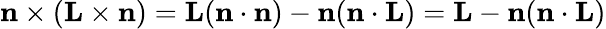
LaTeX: \mathbf{n}\times(\mathbf{L}\times\mathbf{n})=\mathbf{L}(\mathbf{n}\cdot\mathbf{n})-\mathbf{n}(\mathbf{n}\cdot\mathbf{L})=\mathbf{L}-\mathbf{n}(\mathbf{n}\cdot\mathbf{L})